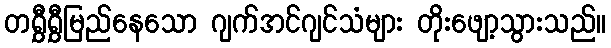
တရွှီရွှီမြည်နေသော ဂျက်အင်ဂျင်သံများ တိုးဖျော့သွားသည်။